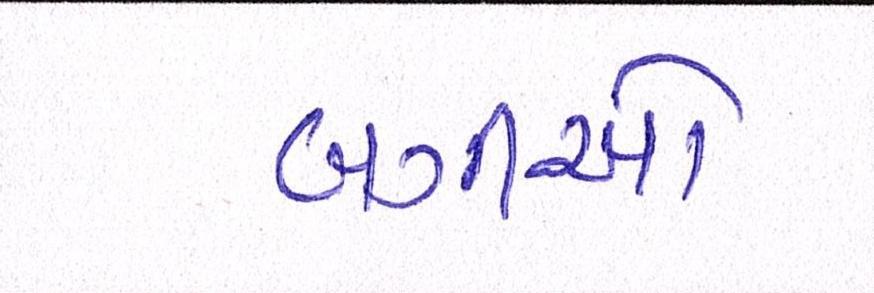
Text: બગીઓ